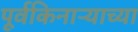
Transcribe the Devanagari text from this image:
पूर्वकिनाऱ्याच्या